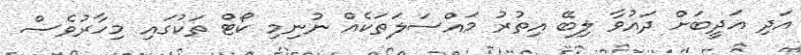
އަދި އަދީބަށް ދައުވާ ލިބޭ އިތުރު މައްސަލަތަކެއް ނުނިމި ކޯޓް ތަކުގައި މިހާރުވެސް